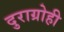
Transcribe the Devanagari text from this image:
दुराग्रोही